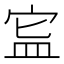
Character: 𥁗